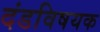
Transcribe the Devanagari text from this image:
दंडविषयक